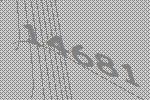
14681